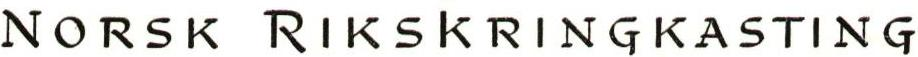
NORSK RIKSKRINGKASTING